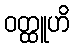
ဝတ္ထူဟိ